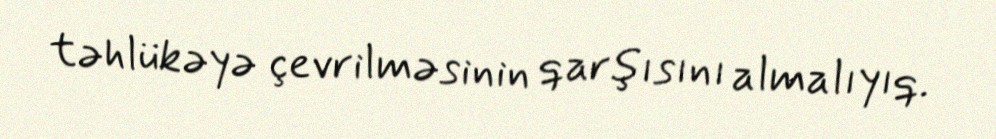
təhlükəyə çevrilməsinin qarşısını almalıyıq.